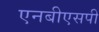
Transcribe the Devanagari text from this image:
एनबीएसपी